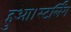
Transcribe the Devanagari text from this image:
हुआ।स्टर्लिंग